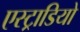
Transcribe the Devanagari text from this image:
एस्ट्राडियो